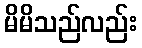
မိမိသည်လည်း